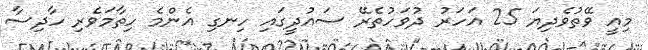
މިއީ ވޭތުވެދިޔަ 25 އަހަރު ދުވަހުތެރޭ ސައުދީގައި ހިނގި އެންމެ ހިތާމަވެރި ހާދިސާ